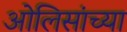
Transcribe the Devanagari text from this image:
ओलिसांच्या